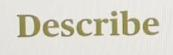
Describe